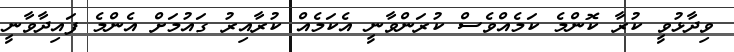
ވިދާޅުވީ ކުރާ ކޮންމެ ކަމެއްވެސް ކުރަންވާނީ އެކަމެއް ކުރާއިރު ގައުމަށް އެންމެ ފައިދާވާނީ